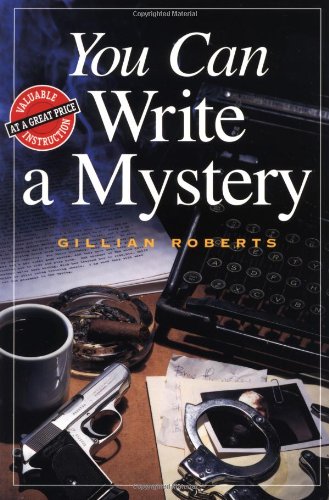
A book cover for You Can Write a Mystery (You Can Write It!); Gillian Roberts; Mystery, Thriller & Suspense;